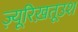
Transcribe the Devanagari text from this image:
ज़्यूरिख़तूउश